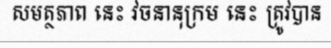
សមត្ថភាព នេះ វចនានុក្រម នេះ ត្រូវបាន